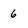
Character: 6